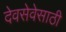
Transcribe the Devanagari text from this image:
देवसेवेसाठी